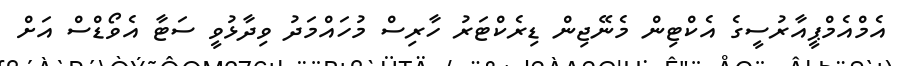
އެމްއެމްޕީއާރުސީގެ އެކްޓިން މެނޭޖިން ޑިރެކްޓަރު ހާރިސް މުހައްމަދު ވިދާޅުވީ ސަޓާ އެވޯޑްސް އަށް